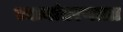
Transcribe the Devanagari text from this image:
स्थानांतरणाला